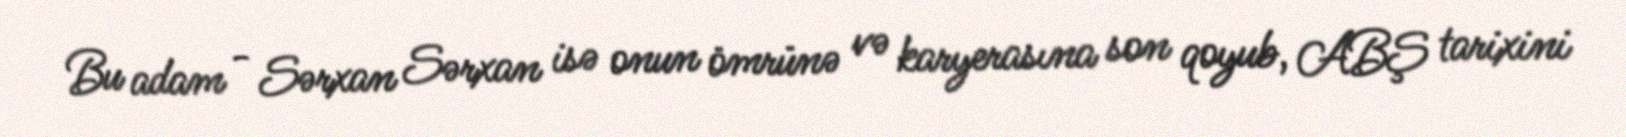
Bu adam - Sərxan Sərxan isə onun ömrünə və karyerasına son qoyub, ABŞ tarixini